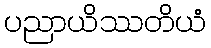
ပညာယိဿတိယံ